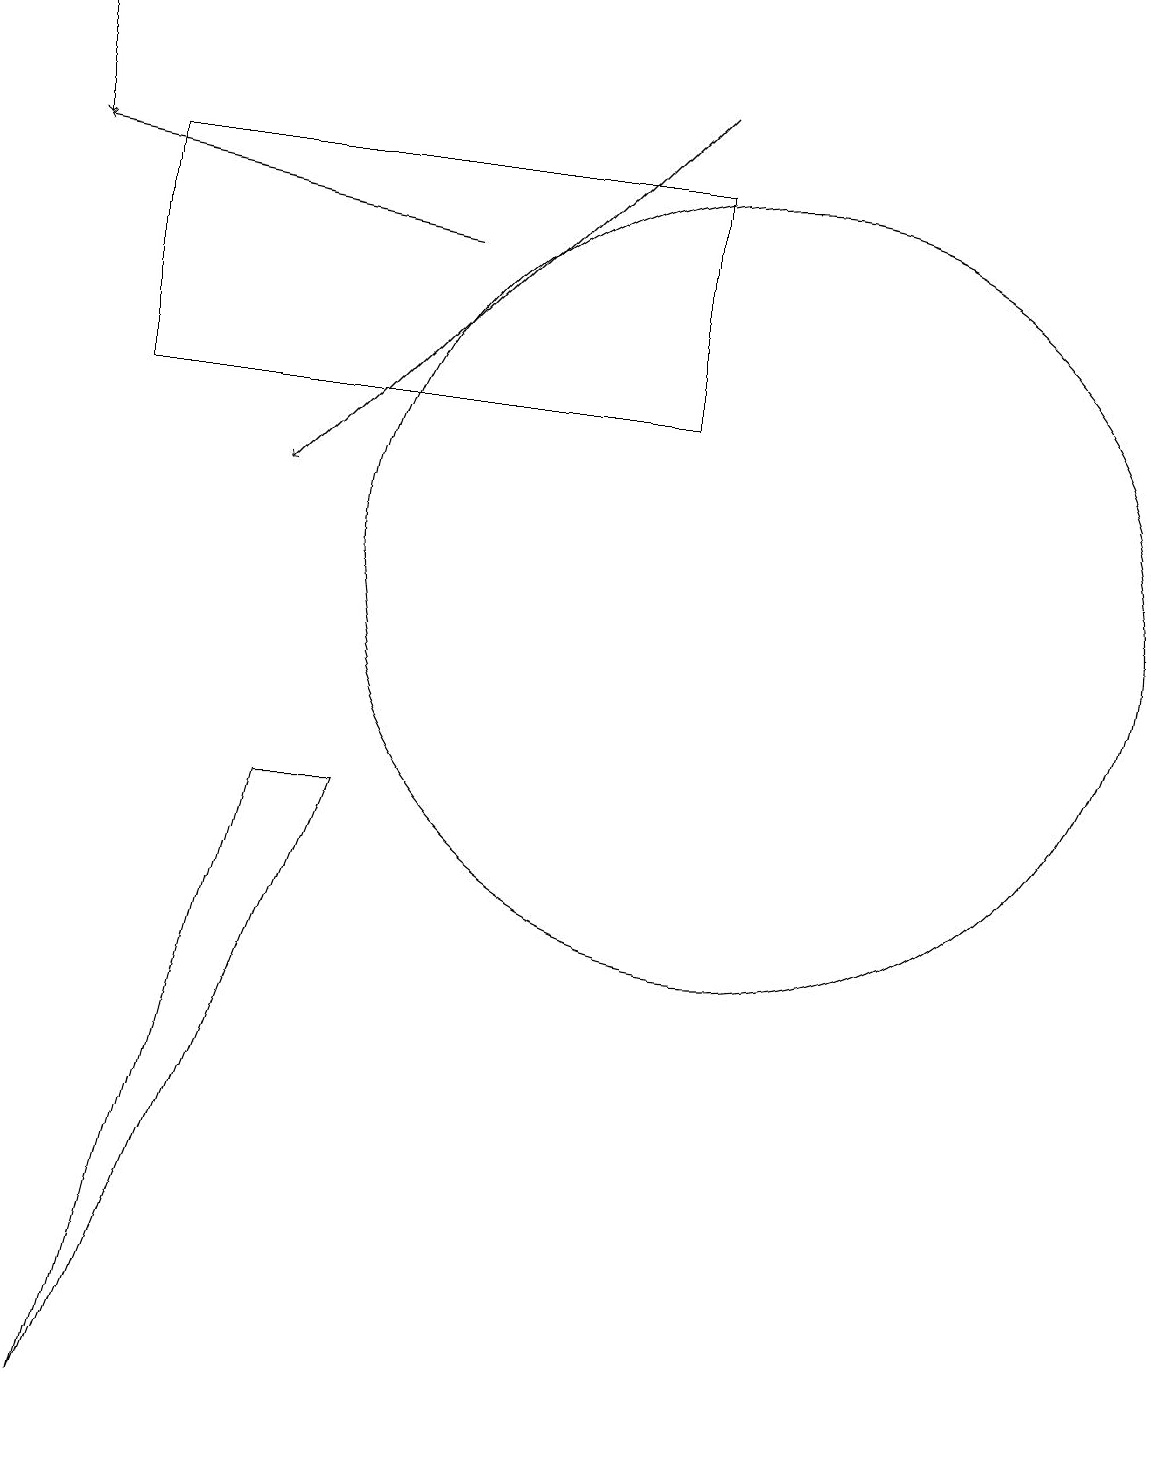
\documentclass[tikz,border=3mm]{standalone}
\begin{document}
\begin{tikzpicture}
\draw (2,13) rectangle (9,16);
\draw (4,8) -- (2,0) -- (5,8) -- cycle;
\draw (10,11) circle (5);
\draw[->] (1,18) -- (1,16);
\draw[->] (6,15) -- (1,16);
\draw[->] (9,17) -- (4,12);
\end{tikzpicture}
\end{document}